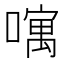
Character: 𠿄